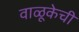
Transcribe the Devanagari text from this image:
वाळूकेची